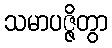
သမာပဇ္ဇိတွာ